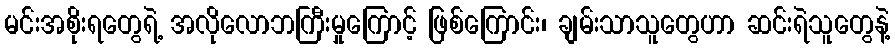
မင်းအစိုးရတွေရဲ့ အလိုလောဘကြီးမှုကြောင့် ဖြစ်ကြောင်း၊ ချမ်းသာသူတွေဟာ ဆင်းရဲသူတွေနဲ့